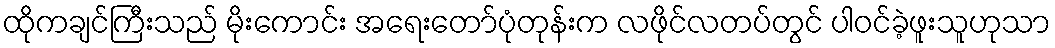
ထိုကချင်ကြီးသည် မိုးကောင်း အရေးတော်ပုံတုန်းက လဖိုင်လတပ်တွင် ပါဝင်ခဲ့ဖူးသူဟုသာ